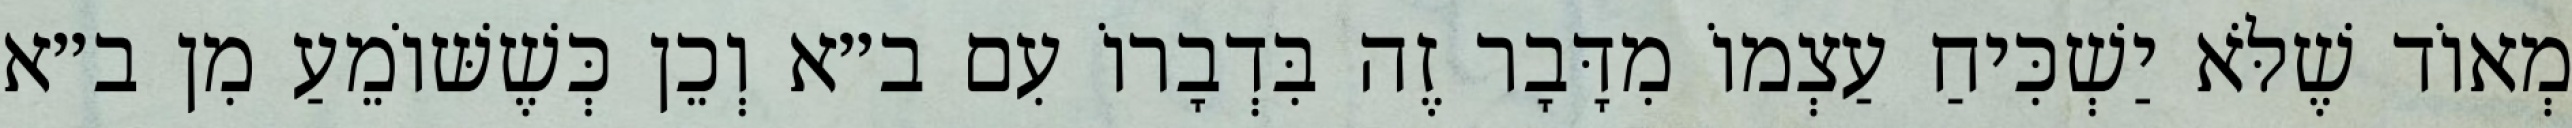
מְאוֹד שֶׁלֹּא יַשְׁכִּיחַ עַצְמוֹ מִדָּבָר זֶה בִּדְבָרוֹ עִם ב״א וְכֵן כְּשֶׁשּׁוֹמֵעַ מִן ב״א